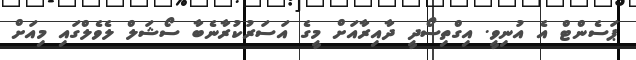
ޕަސެންޓް އެ އުނިވީ. އިގްތިސޯދީ ދާއިރާއަށް މީގެ އަސަރުކުރާނެބާ ސޯޝަލް ލެވެލްގައި މިއަށް